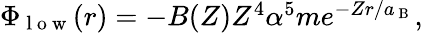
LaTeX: \begin{array}{r}{\Phi_{\mathrm{~l~o~w~}}(r)=-B(Z)Z^{4}\alpha^{5}me^{-Zr/a_{\mathrm{~B~}}},}\end{array}